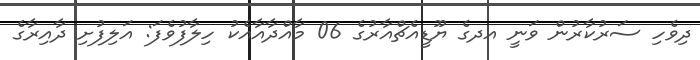
ދިވެހި ސަރުކާރުން ވަނީ އދގެ ޔޫޑީއެޗްއާރުގެ 06 މާއްދާއާއެކު ހިލާފުވެފަ: އަލިފުށި ދާއިރާގެ